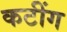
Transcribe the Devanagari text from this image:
कटींग